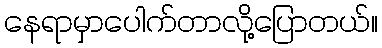
နေရာမှာပေါက်တာလို့ပြောတယ်။